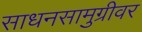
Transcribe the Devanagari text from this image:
साधनसामुग्रीवर